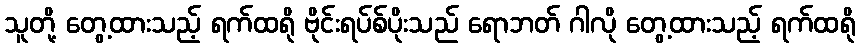
သူတို့ တွေ့ထားသည့် ရက်ထရို ဗိုင်းရပ်စ်ပိုးသည် ရောဘတ် ဂါလို တွေ့ထားသည့် ရက်ထရို